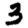
Digit: 3